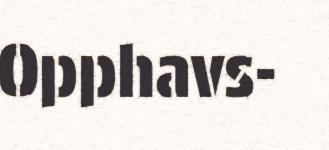
Opphavs-